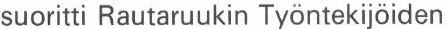
suoritti Rautaruukin Työntekijöiden